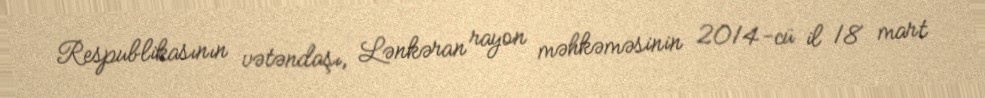
Respublikasının vətəndaşı, Lənkəran rayon məhkəməsinin 2014-cü il 18 mart